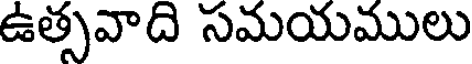
ఉత్సవాది సమయములు